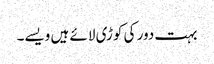
بہت دور کی کوڑی لائے ہیں ویسے۔